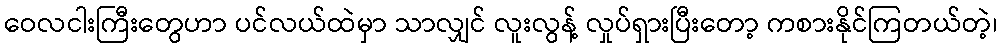
ဝေလငါးကြီးတွေဟာ ပင်လယ်ထဲမှာ သာလျှင် လူးလွန့် လှုပ်ရှားပြီးတော့ ကစားနိုင်ကြတယ်တဲ့၊